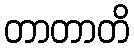
တာတာတိ